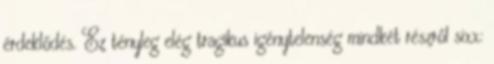
érdeklődés. Ez tényleg elég tragikus igénytelenség mindkét részről sixx: